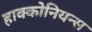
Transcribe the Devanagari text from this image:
हाक्कोनियन्स